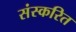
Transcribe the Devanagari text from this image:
संस्करित